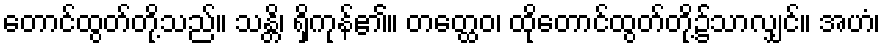
တောင်ထွတ်တို့သည်။ သန္တိ၊ ရှိကုန်၏။ တတ္ထေဝ၊ ထိုတောင်ထွတ်တို့၌သာလျှင်။ အဟံ၊